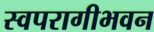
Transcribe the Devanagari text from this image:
स्वपरागीभवन